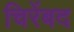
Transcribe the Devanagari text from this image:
चिरेंबद